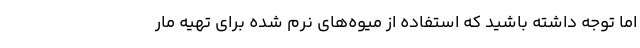
اما توجه داشته باشید که استفاده از میوه‌های نرم شده برای تهیه مار